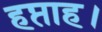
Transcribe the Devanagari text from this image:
हप्ताह।